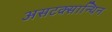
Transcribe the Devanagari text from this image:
असटक्सान्थिन